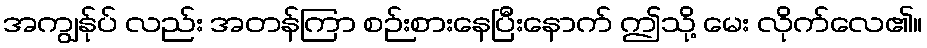
အကျွန်ုပ် လည်း အတန်ကြာ စဉ်းစားနေပြီးနောက် ဤသို့ မေး လိုက်လေ၏။